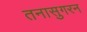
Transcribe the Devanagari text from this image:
तनासुगरन